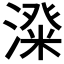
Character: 𣻬